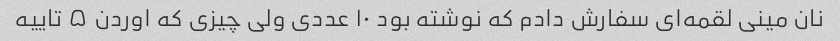
نان مینی لقمه‌ای سفارش دادم که نوشته بود ۱۰ عددی ولی چیزی که اوردن ۵ تاییه